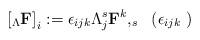
LaTeX: \begin{align*}\left[_{\Lambda}{\bf F}\right]_i := \epsilon_{ijk}\Lambda^s_{j}{\bf F}^k,_s \ \ (\epsilon_{ijk} \ )\end{align*}